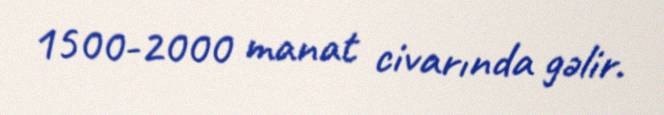
1500-2000 manat civarında gəlir.